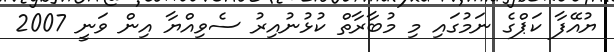
ޔުއޭފާ ކަޕްގެ ނަމުގައި މި މުބާރާތް ކުޅުނުއިރު ސެވިއްޔާ އިން ވަނީ 2007